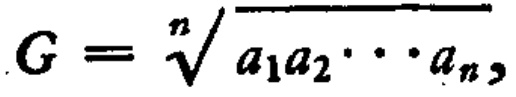
\(G = \sqrt[n]{a_{1}a_{2}\cdots a_{n}}\)